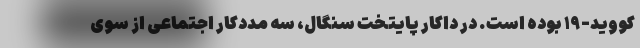
کووید-۱۹ بوده است. در داکار پایتخت سنگال، سه مددکار اجتماعی از سوی